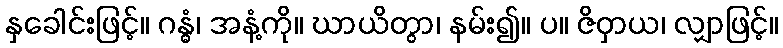
နှခေါင်းဖြင့်။ ဂန္ဓံ၊ အနံ့ကို။ ဃာယိတွာ၊ နမ်း၍။ ပ။ ဇိဝှာယ၊ လျှာဖြင့်။